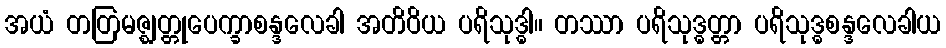
အယံ တတြမဇ္ဈတ္တုပေက္ခာစန္ဒလေခါ အတိဝိယ ပရိသုဒ္ဓါ။ တဿာ ပရိသုဒ္ဓတ္တာ ပရိသုဒ္ဓစန္ဒလေခါယ